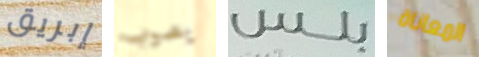
إبريق يصوب بلس المعاناة